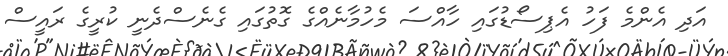
އަދި އެންމެ ފަހު އެޕިސޯޑުގައި ހާއްސަ މެހުމާނެއްގެ ގޮތުގައި ގެނެސްދެނީ ކުރީގެ ރައީސް